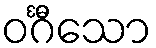
ဝင်္ဂီသော